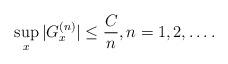
LaTeX: \begin{align*}\sup_{x}|G_x^{(n)}| \le \frac{C}{n},n=1,2,\ldots.\end{align*}